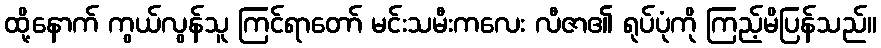
ထို့နောက် ကွယ်လွန်သူ ကြင်ရာတော် မင်းသမီးကလေး လီဇာ၏ ရုပ်ပုံကို ကြည့်မိပြန်သည်။